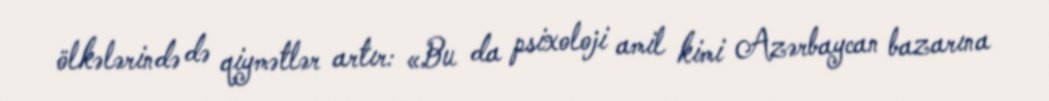
ölkələrində də qiymətlər artır: «Bu da psixoloji amil kimi Azərbaycan bazarına